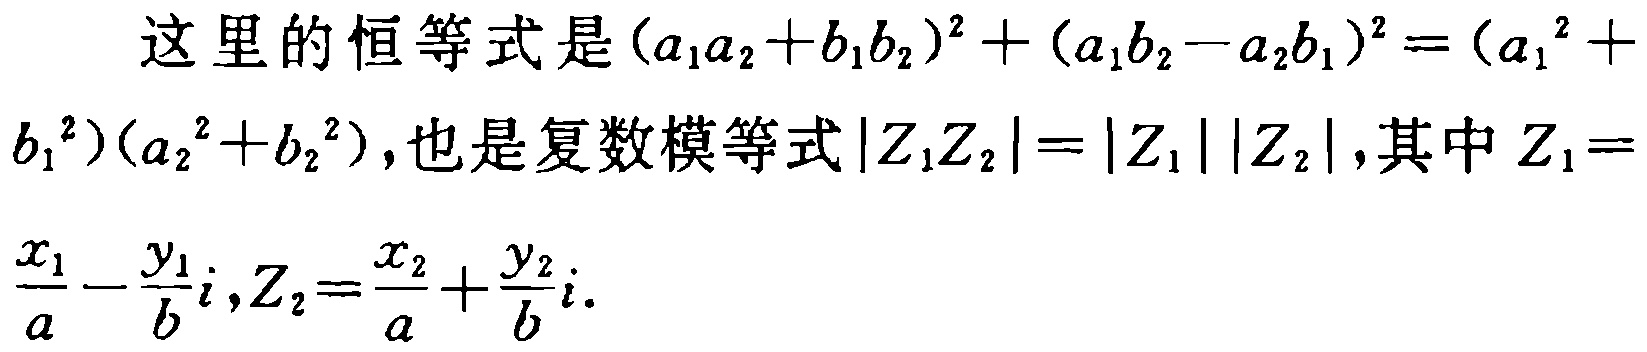
这里的恒等式是\((a_1a_2 + b_1b_2)^2 + (a_1b_2 - a_2b_1)^2 = (a_1^2 + b_1^2)(a_2^2 + b_2^2)\)，也是复数模等式\(\vert Z_1Z_2\vert = \vert Z_1\vert\vert Z_2\vert\)，其中\(Z_1 = \frac{x_1}{a} - \frac{y_1}{b}i\)，\(Z_2 = \frac{x_2}{a} + \frac{y_2}{b}i\)。